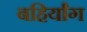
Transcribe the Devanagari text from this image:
बहिर्यांग